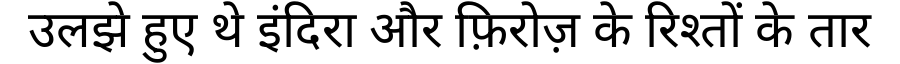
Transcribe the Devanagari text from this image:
उलझे हुए थे इंदिरा और फ़िरोज़ के रिश्तों के तार